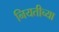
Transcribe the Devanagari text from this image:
नियतीच्या